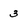
Character: 3